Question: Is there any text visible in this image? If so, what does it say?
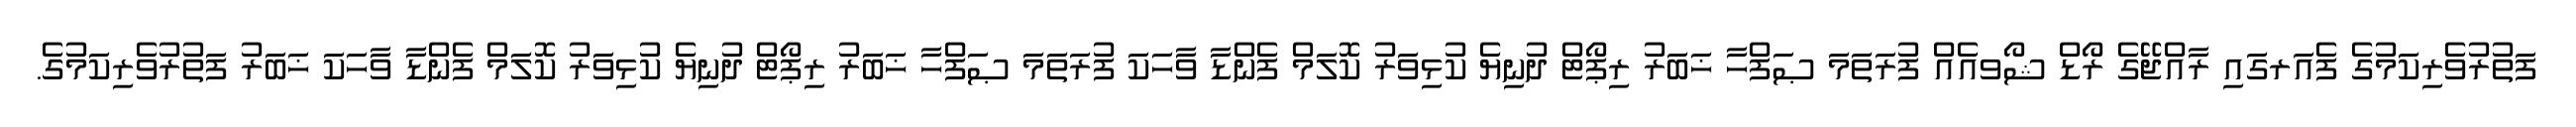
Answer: ފަތުރުވެރިކަމުގެ ފެއަރގައި ރާއްޖޭގެ ރޯޑް ޝޯވއެއް ފުރަތަމަ ޞަފްހާ ޚަބަރު ރިޕޯޓް ދުނިޔެ ކުޅިވަރު ކޮލަމް ފެންޑާ ވާހަކަ ފުރަތަމަ ޞަފްހާ ޚަބަރު ރިޕޯޓް ދުނިޔެ ކުޅިވަރު ކޮލަމް ފެންޑާ ވާހަކަ ޚަބަރު ފަތުރުވެރިކަމުގެ.